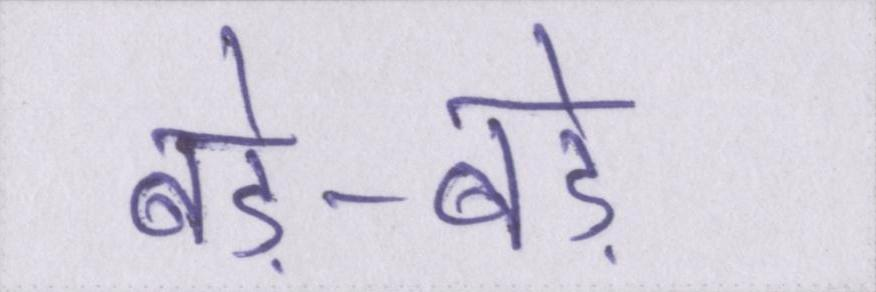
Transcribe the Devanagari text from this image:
बड़े-बड़े